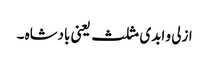
ازلی و ابدی مثلث یعنی بادشاہ ۔